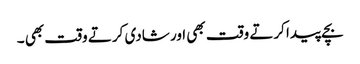
بچے پیدا کرتے وقت بھی اور شادی کرتے وقت بھی ۔